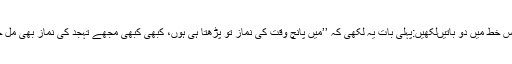
اس نے اس خط میں دو باتیںلکھیں:پہلی بات یہ لکھی کہ ’’میں پانچ وقت کی نماز تو پڑھتا ہی ہوں، کبھی کبھی مجھے تہجد کی نماز بھی مل جاتی ہے۔